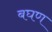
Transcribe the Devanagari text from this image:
बघण